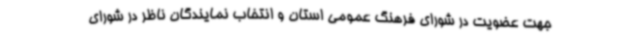
جهت عضویت در شورای فرهنگ عمومی استان و انتخاب نمایندگان ناظر در شورای